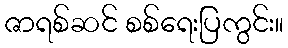
ဇာရစ်ဆင် စစ်ရေးပြကွင်း။